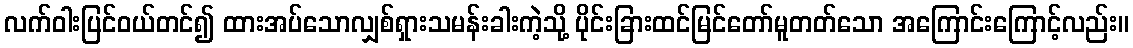
လက်ဝါးပြင်ဝယ်တင်၍ ထားအပ်သောလျှစ်ရှားသမန်းခါးကဲ့သို့ ပိုင်းခြားထင်မြင်တော်မူတတ်သော အကြောင်းကြောင့်လည်း။